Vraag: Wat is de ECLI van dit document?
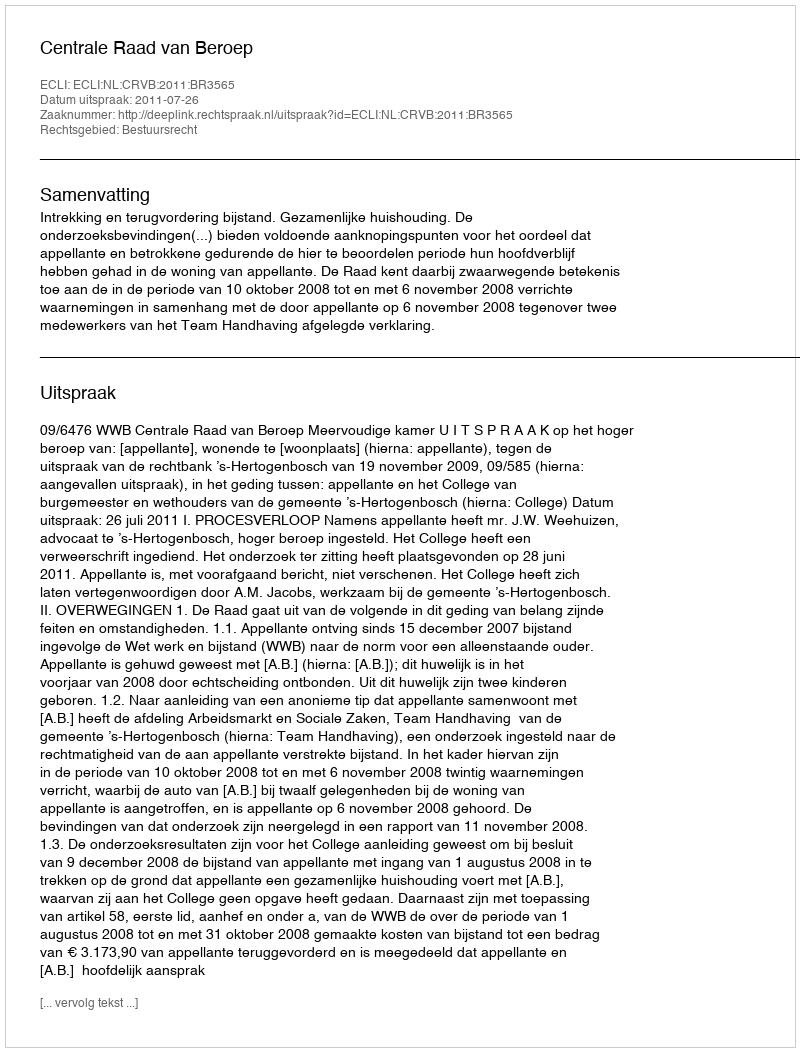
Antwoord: ECLI:NL:CRVB:2011:BR3565